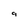
Character: 9